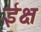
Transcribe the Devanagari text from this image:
ईक्ष